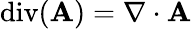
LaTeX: \operatorname{div}(\mathbf{A})=\nabla\cdot\mathbf{A}